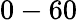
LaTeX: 0-60